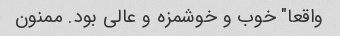
واقعا" خوب و خوشمزه و عالی بود. ممنون